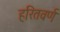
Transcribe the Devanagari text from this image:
हरितवर्ण